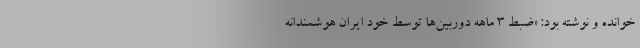
خوانده و نوشته بود: «ضبط ۳ ماهه دوربین‌ها توسط خود ایران هوشمندانه